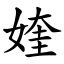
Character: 㛻